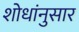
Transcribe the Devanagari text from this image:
शोधांनुसार